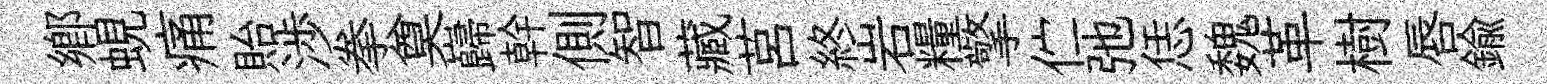
郷蜆痛貽渉拳奠巋幹側智藏莒終岩糧擎伫弛恁魏革樹唇鍮